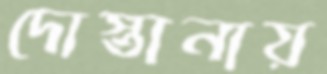
দোস্তানায়